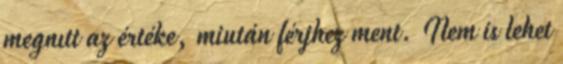
megnıtt az értéke, miután férjhez ment. Nem is lehet